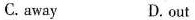
C.away D. out